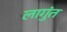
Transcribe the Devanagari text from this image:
लागुंत